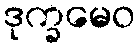
ဒုက္ခမေဝ